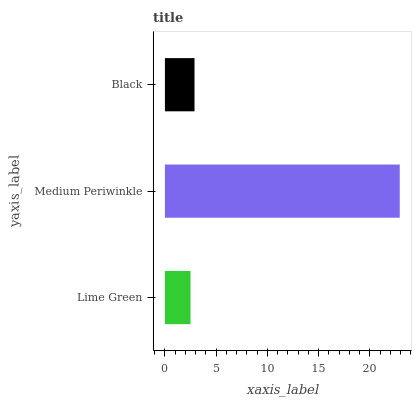
| yaxis_label | bars |
 | --- | --- |
 | Lime Green | 2.5 |
 | Medium Periwinkle | 22.9 |
 | Black | 2.89 |